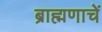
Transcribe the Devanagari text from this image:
ब्राह्मणाचें